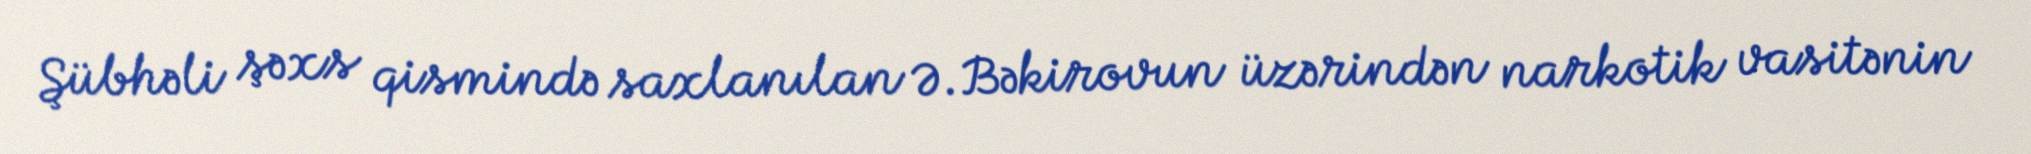
Şübhəli şəxs qismində saxlanılan Ə.Bəkirovun üzərindən narkotik vasitənin